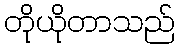
တိုယိုတာသည်